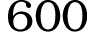
6 0 0